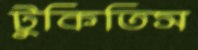
টুকিতিস